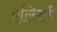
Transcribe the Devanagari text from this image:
एल्लिपी